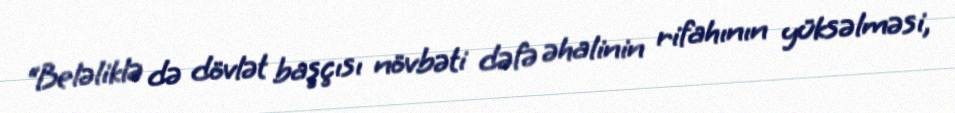
“Beləliklə də dövlət başçısı növbəti dəfə əhalinin rifahının yüksəlməsi,